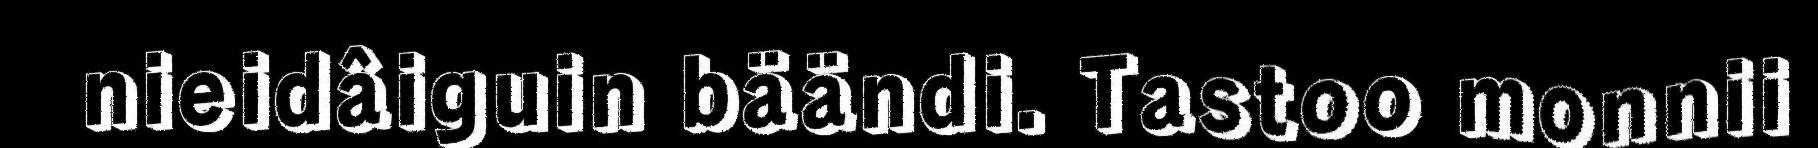
nieidâiguin bäändi. Tastoo monnii